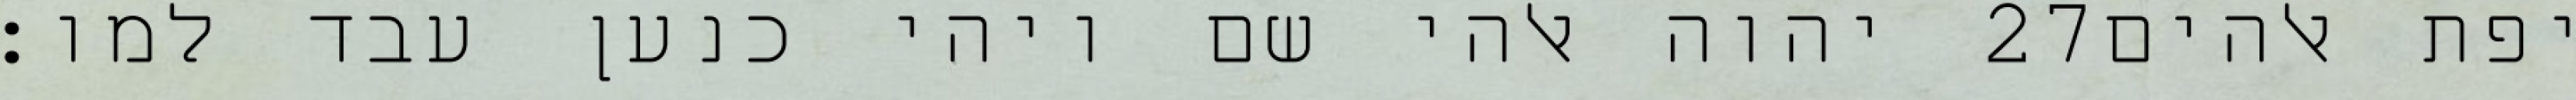
יהוה אלהי שם ויהי כנען עבד למו׃ ‎27‏ יפת אלהים